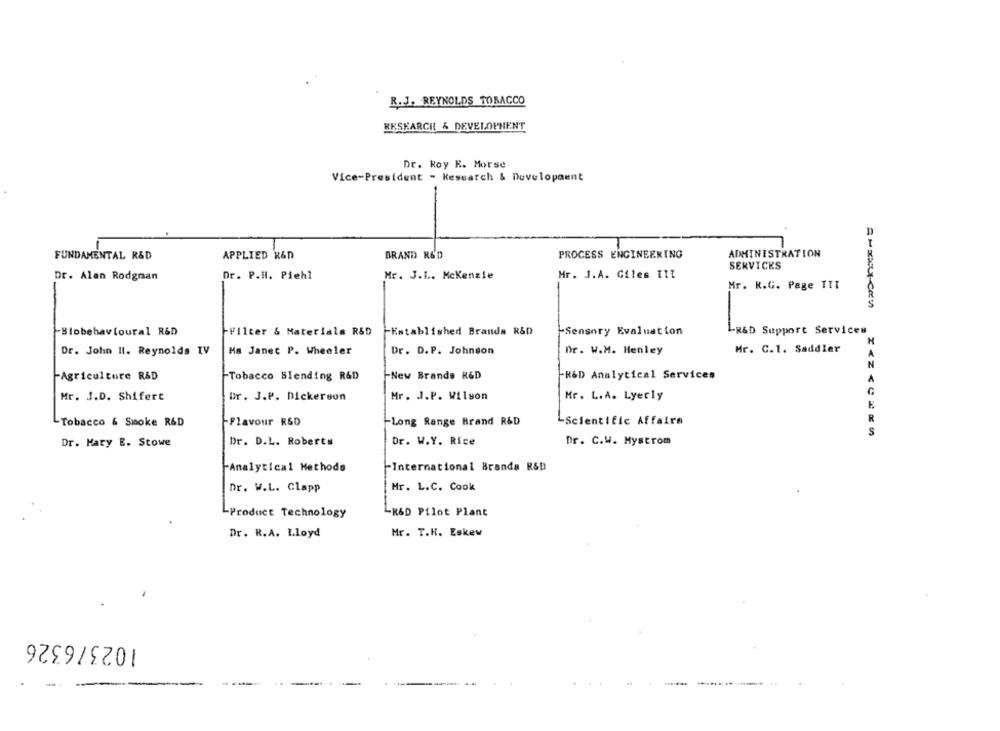
R.J. REYNOLDS TOBACCO
RESEARCH & DEVELOPMENT
Dr. Roy K. Morse
Vice-President - Research & Development
FUNDAMENTAL R&D
APPLIED R&D
BRAND R&D
PROCESS ENGINEERING
ADMINISTRATION
SERVICES
Dr. Alan Rodgran
Dr. P.H. Piehl
Mr. J.L. Mckenzie
Mr. J.A. Giles TIT
Mr. K.G. Page TIT
1
-Blobehavioural R&D
-Filter & Materials RSD
FEstablished Brands R&D
-Sensory Evaluation
-R&D Support Services
H
Dr. John Il. Reynolds IV
Ma Janet P. Wheeler
Dr. D.P. Johnson
Dr. W.M. Henley
Mr. C.1. Saddler
A
N
-Agriculture R&D
-Tobacco Blending R&D
-New Brands R&D
-R&D Analytical Services
A
G
Mr. J.D. Shifert
Dr. J.P. Dickerson
Mr. J.P. Wilson
Mr. L.A. Lyerly
R
Tobacco & Smoke R&D
-Flavour R&D
-Long Range Brand R&D
-Scientific Affaire
S
Dr. Mary E. Stowe
Dr. D.L. Roberts
Dr. W.Y. Rice
Dr. C.W. Mystrom
International Branda R&D
Analytical Methods
Dr. W.L. Clapp
Mr. L.C. Cook
-R&D Pilot Plant
-Product Technology
Dr. R.A. Lloyd
Mr. T.H. Eskew
1023/6326